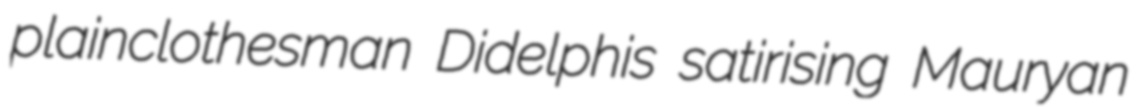
plainclothesman Didelphis satirising Mauryan